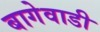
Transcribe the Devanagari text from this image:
बागेवाडी